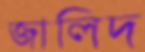
জালিদ